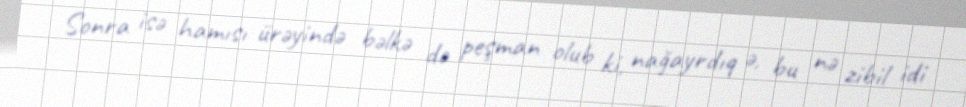
Sonra isə hamısı ürəyində bəlkə də peşman olub ki, nağayrdıq ə, bu nə zibil idi